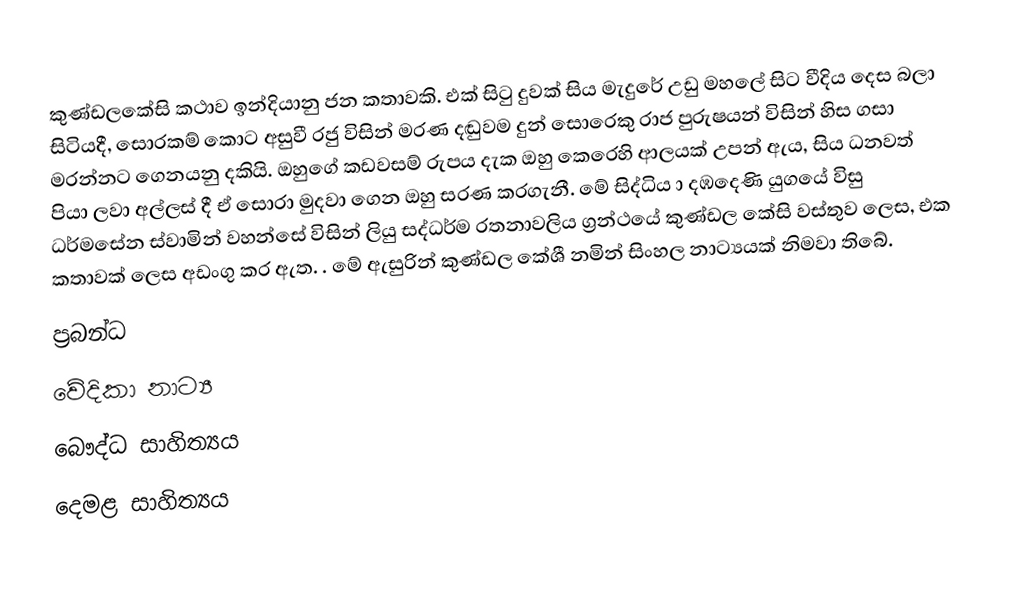
කුණ්ඩලකේසි  කථාව ඉන්දියානු ජන කතාවකි. එක් සිටු දුවක් සිය මැදුරේ උඩු මහලේ සිට වීදිය දෙස බලා සිටියදී,  සොරකම් කොට අසුවී රජු විසින් මරණ දඬුවම දුන් සොරෙකු රාජ පුරුෂයන් විසින් හිස ගසා මරන්නට ගෙනයනු දකියි. ඔහුගේ කඩවසම් රුපය දැක ඔහු කෙරෙහි ආලයක් උපන් ඇය, සිය ධනවත් පියා ලවා අල්ලස් දී ඒ සොරා මුදවා ගෙන ඔහු සරණ කරගැනී. මේ සිද්ධිය ා දඹදෙණි යුගයේ විසු ධර්මසේන ස්වාමින් වහන්සේ  විසින්  ලියු සද්ධර්ම රතනාවලිය ග්‍රන්ථයේ කුණ්ඩල කේසි වස්තුව ලෙස, එක කතාවක් ලෙස අඩංගු කර ඇත. . මේ ඇසුරින් කුණ්ඩල කේශී නමින් සිංහල නාට්‍යයක් නිමවා තිබේ.
ප්‍රබන්ධ
වේදිකා නාට්‍ය
බෞද්ධ සාහිත්‍යය
දෙමළ සාහිත්‍යය